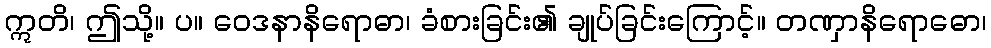
ဣတိ၊ ဤသို့။ ပ။ ဝေဒနာနိရောဓာ၊ ခံစားခြင်း၏ ချုပ်ခြင်းကြောင့်။ တဏှာနိရောဓော၊